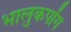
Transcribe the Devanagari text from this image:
भालुकपोंग